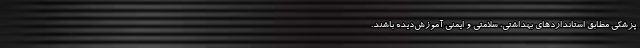
پزشکی مطابق استانداردهای بهداشتی، سلامتی و ایمنی آموزش‌دیده باشند.